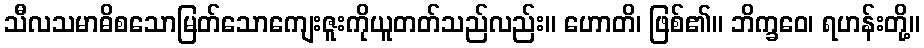
သီလသမာဓိစသောမြတ်သောကျေးဇူးကိုယူတတ်သည်လည်း။ ဟောတိ၊ ဖြစ်၏။ ဘိက္ခဝေ၊ ရဟန်းတို့။